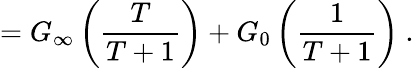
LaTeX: =G_{\infty}\left({\frac{T}{T+1}}\right)+G_{0}\left({\frac{1}{T+1}}\right)\ .